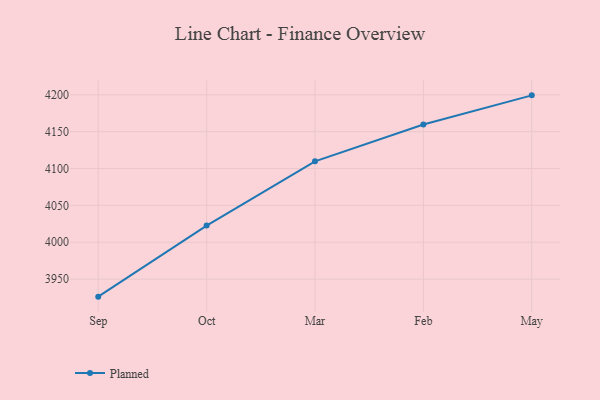
{"axis": {"x": "Month", "y": "Energy Usage (MWh)"}, "legend": ["Planned"], "data": [{"x": "Sep", "y": 3926.2, "type": "Planned"}, {"x": "Oct", "y": 4022.6, "type": "Planned"}, {"x": "Mar", "y": 4109.8, "type": "Planned"}, {"x": "Feb", "y": 4159.8, "type": "Planned"}, {"x": "May", "y": 4199.3, "type": "Planned"}]}